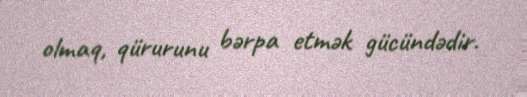
olmaq, qürurunu bərpa etmək gücündədir.